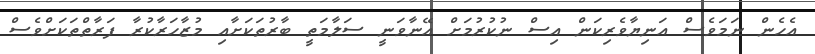
އެހެން ނަމަވެސް އަނިޔާވެރިކަން އިސް ނުކުރުމަށް އޭނާވަނީ ސަލާމަތީ ބާރުތަކަށާއި މުޒާހަރާކުރާ ފަރާތްތަކަށްވެސް